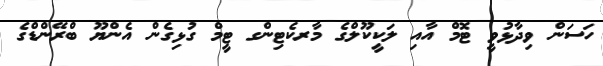
ހަސަން ވިދާޅުވީ ޓޮމް އާއި ލަކީކޫލްގެ މާރކެޓިންގ ޓީމް ގުޅިގެން އެންޔޫ ބްރޭންޑްގެ